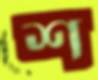
শ